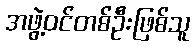
အဖွဲ့ဝင်တစ်ဦးဖြစ်သူ